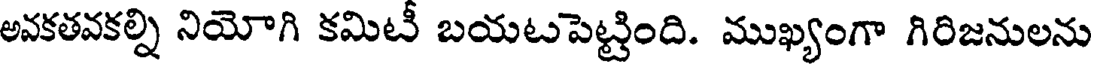
అవకతవకల్ని నియోగి కమిటీ బయటపెట్టింది. ముఖ్యంగా గిరిజనులను